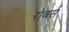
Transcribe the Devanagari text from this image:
रोबर्स